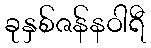
ခုနှစ်ဇန်နဝါရီ